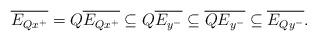
LaTeX: \begin{align*}\overline{E_{Qx^+}} = Q \overline{E_{Qx^+}} \subseteq Q \overline{E_{y^-}} \subseteq \overline{QE_{y^-}} \subseteq \overline{E_{Qy^-}}.\end{align*}